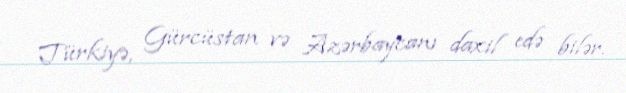
Türkiyə, Gürcüstan və Azərbaycanı daxil edə bilər.